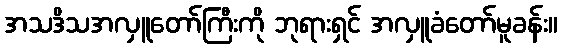
အသဒိသအလှူတော်ကြီးကို ဘုရားရှင် အလှူခံတော်မူခန်း။